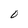
Character: 0